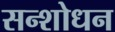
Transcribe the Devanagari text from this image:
सन्शोधन